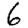
Digit: 6